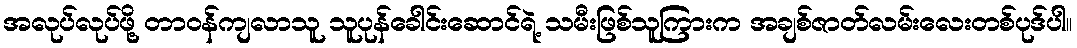
အလုပ်လုပ်ဖို့ တာဝန်ကျလာသူ သူပုန်ခေါင်းဆောင်ရဲ့ သမီးဖြစ်သူကြားက အချစ်ဇာတ်လမ်းလေးတစ်ပုဒ်ပါ။